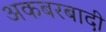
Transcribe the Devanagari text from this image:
अकबरबादी